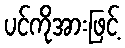
ပင်ကိုအားဖြင့်